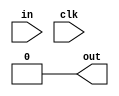
`timescale 1ns / 1ps
//////////////////////////////////////////////////////////////////////////////////
// Company: 
// Engineer: 
// 
// Design Name: 
// Module Name: posedgedet
// Project Name: 
// Target Devices: 
// Tool Versions: 
// Description: 
// 
// Dependencies: 
// 
// Revision:
// Revision 0.01 - File Created
// Additional Comments:
// 
//////////////////////////////////////////////////////////////////////////////////


module posedgedet(input in,clk ,output out);
reg q;
always@(clk)
begin
if(clk)
q<=in;
end
assign out= q&(~q);
endmodule